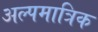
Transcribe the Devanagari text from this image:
अल्पमात्रिक